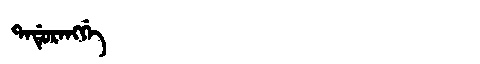
Manchu: ᡨᠠᡩᡠᡵᠠᠩᡤᡝ
Romanization: TADURANGGE